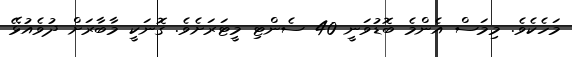
މަހެކެވެ. މިމަސް އެންމެ ބޮޑުވަނީ 40 ސެންޓި މީޓަރަށެވެ. ގޮނަކީ މާބާރަށް ދުވެއުޅޭ